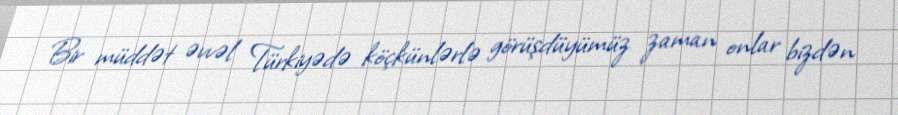
Bir müddət əvvəl Türkiyədə köçkünlərlə görüşdüyümüz zaman onlar bizdən